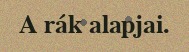
A rák alapjai.